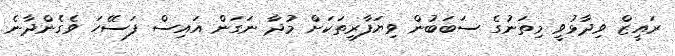
ރައީޒް ވިދާޅުވީ މިތަނުގެ ސަބަބުން ވިޔަފާރިތަކަށް މުދާ ނަގަން އައިސް ފަސޭހަ ވެގެންދާނެ